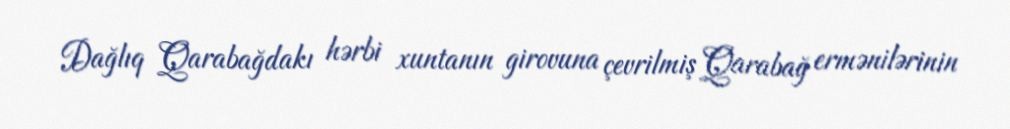
Dağlıq Qarabağdakı hərbi xuntanın girovuna çevrilmiş Qarabağ ermənilərinin